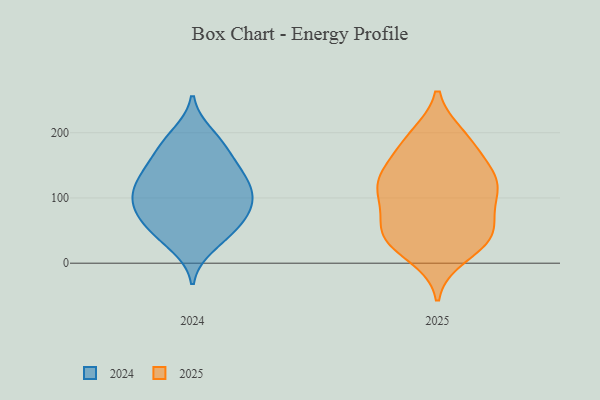
{"axis": {"x": "Satisfaction Score", "y": "Value"}, "legend": ["2024", "2025"], "data": [{"x": "", "y": 155, "type": "2025"}, {"x": "", "y": 129, "type": "2025"}, {"x": "", "y": 119, "type": "2025"}, {"x": "", "y": 195, "type": "2025"}, {"x": "", "y": 103, "type": "2025"}, {"x": "", "y": 32, "type": "2025"}, {"x": "", "y": 41, "type": "2025"}, {"x": "", "y": 78, "type": "2025"}, {"x": "", "y": 108, "type": "2025"}, {"x": "", "y": 61, "type": "2025"}, {"x": "", "y": 35, "type": "2025"}, {"x": "", "y": 117, "type": "2025"}, {"x": "", "y": 147, "type": "2025"}, {"x": "", "y": 192, "type": "2025"}, {"x": "", "y": 11, "type": "2025"}, {"x": "", "y": 124, "type": "2025"}, {"x": "", "y": 44, "type": "2025"}, {"x": "", "y": 185, "type": "2025"}, {"x": "", "y": 47, "type": "2025"}, {"x": "", "y": 158, "type": "2024"}, {"x": "", "y": 133, "type": "2024"}, {"x": "", "y": 93, "type": "2024"}, {"x": "", "y": 177, "type": "2024"}, {"x": "", "y": 74, "type": "2024"}, {"x": "", "y": 127, "type": "2024"}, {"x": "", "y": 27, "type": "2024"}, {"x": "", "y": 56, "type": "2024"}, {"x": "", "y": 75, "type": "2024"}, {"x": "", "y": 115, "type": "2024"}, {"x": "", "y": 106, "type": "2024"}, {"x": "", "y": 150, "type": "2024"}, {"x": "", "y": 188, "type": "2024"}, {"x": "", "y": 51, "type": "2024"}, {"x": "", "y": 127, "type": "2024"}, {"x": "", "y": 95, "type": "2024"}, {"x": "", "y": 40, "type": "2024"}, {"x": "", "y": 197, "type": "2024"}, {"x": "", "y": 87, "type": "2024"}]}